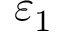
\varepsilon _ { 1 }